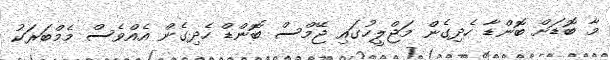
މާ ބޮޑަށް ބޮންޑާ ހެދިގެން މަޖްލީހުގައި ޖޭމްސް ބޮންޑް ހެދިގެން އެއްވެސް މެމްބަރަކު